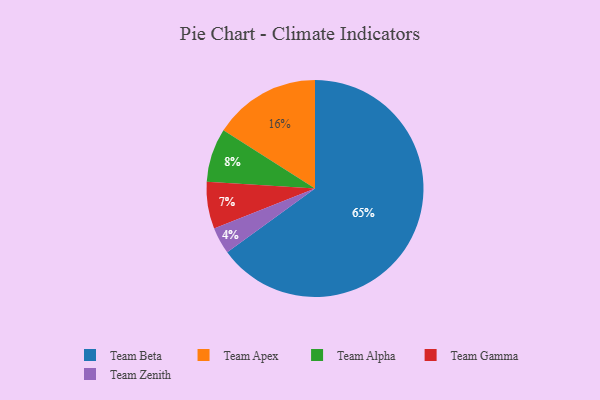
{"axis": {"x": "Category", "y": "Percentage"}, "legend": ["Team Alpha", "Team Apex", "Team Beta", "Team Gamma", "Team Zenith"], "data": [{"x": "Team Apex", "y": 16, "type": "Team Apex"}, {"x": "Team Beta", "y": 65, "type": "Team Beta"}, {"x": "Team Zenith", "y": 4, "type": "Team Zenith"}, {"x": "Team Gamma", "y": 7, "type": "Team Gamma"}, {"x": "Team Alpha", "y": 8, "type": "Team Alpha"}]}